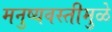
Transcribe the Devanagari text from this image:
मनुष्यवस्तीमुळे